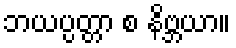
ဘယပ္ပတ္တာ စ နိဗ္ဘယာ။